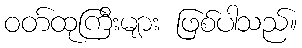
ဝတ်ထုကြီးများ ဖြစ်ပါသည်။